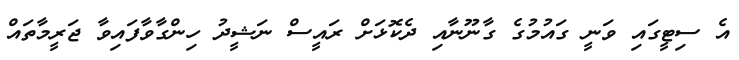
އެ ސިޓީގައި ވަނީ ގައުމުގެ ގާނޫނާއި ދެކޮޅަށް ރައީސް ނަޝީދު ހިންގާވާފައިވާ ޖަރީމާތައް